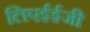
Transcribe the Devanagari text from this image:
लिएईईजी